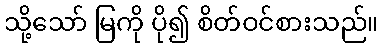
သို့သော် မြကို ပို၍ စိတ်ဝင်စားသည်။